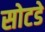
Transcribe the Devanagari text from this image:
सोटडे